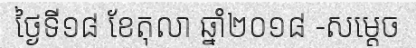
ថ្ងៃទី១៨ ខែតុលា ឆ្នាំ២០១៨ -សម្តេច